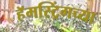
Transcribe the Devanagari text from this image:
हॅमस्ट्रिंगच्या